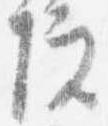
院